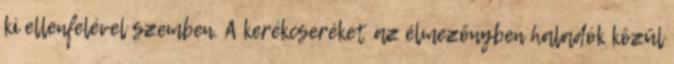
ki ellenfelével szemben. A kerékcseréket az élmezőnyben haladók közül